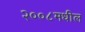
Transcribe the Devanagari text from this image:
२००८मधील